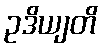
ဥဒိယျတိ